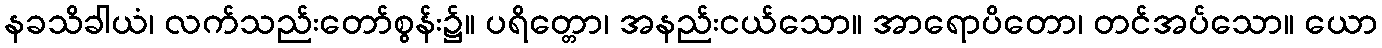
နခသိခါယံ၊ လက်သည်းတော်စွန်း၌။ ပရိတ္တော၊ အနည်းငယ်သော။ အာရောပိတော၊ တင်အပ်သော။ ယော